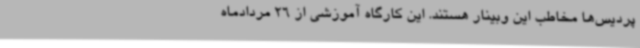
پردیس‌ها مخاطب این وبینار هستند. این کارگاه آموزشی از 26 مردادماه